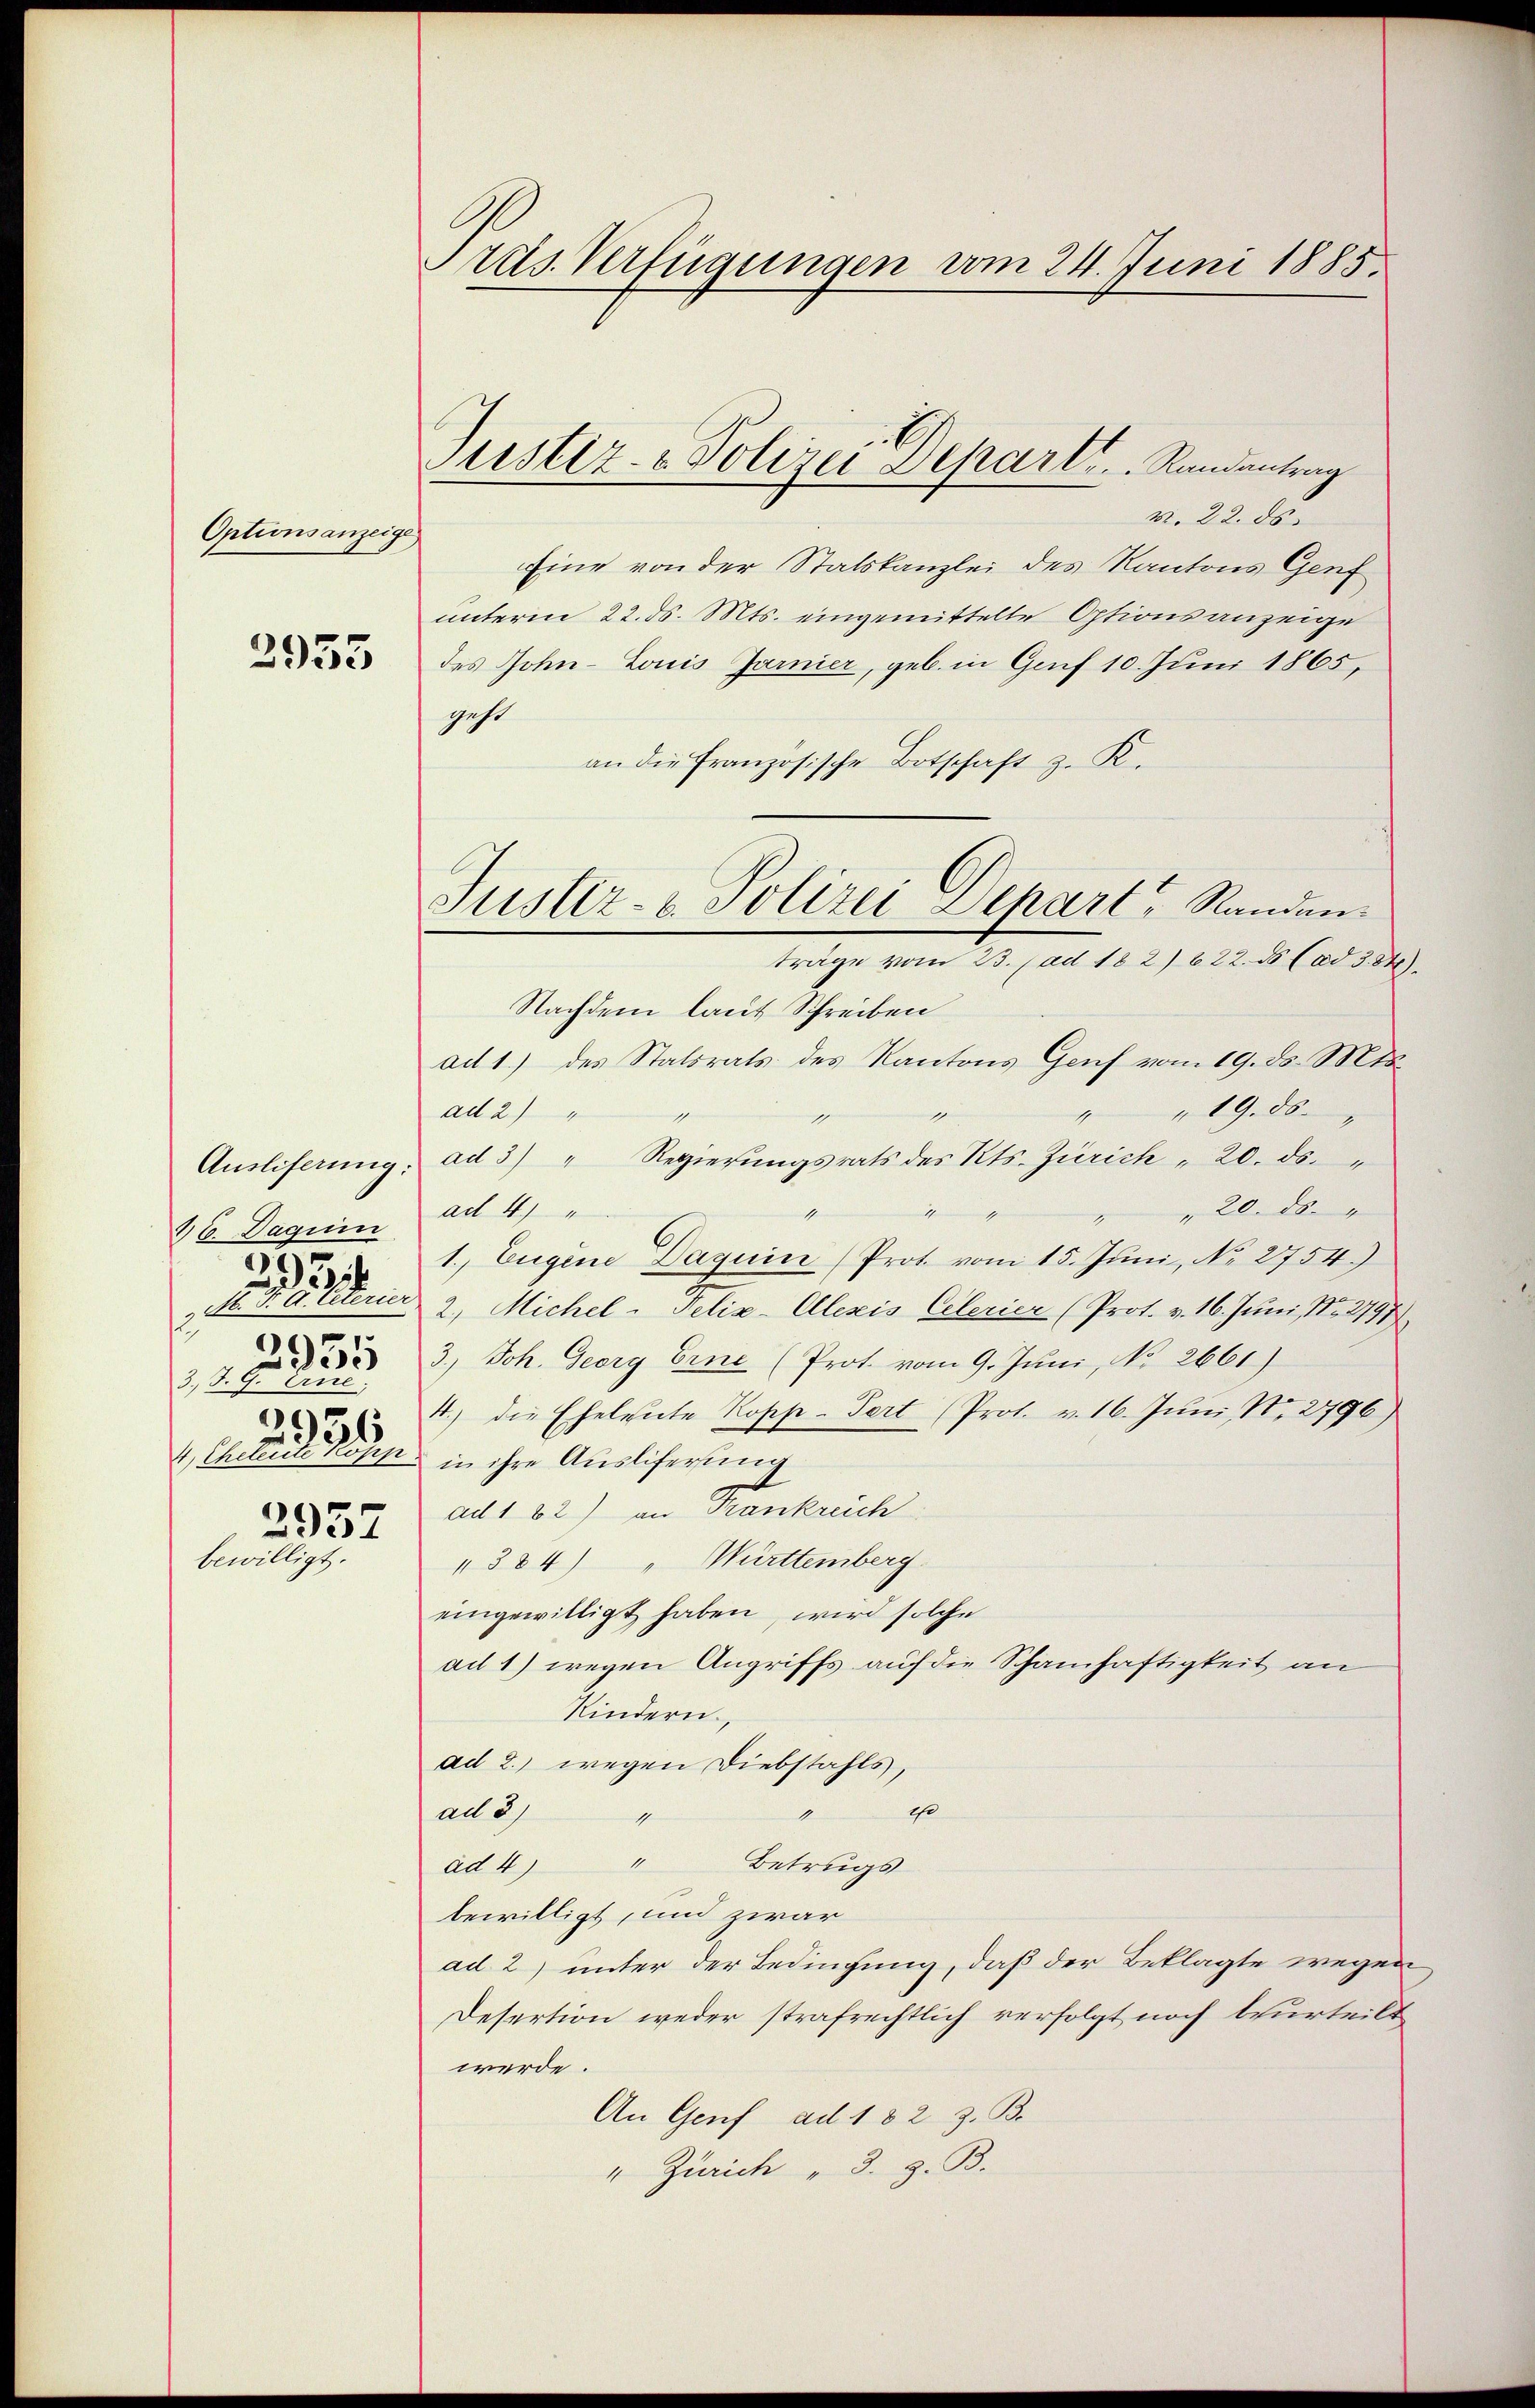
Optionsanzeige

2955

Ausliferung:
46. Daguin
2
 H. V. A. Ceterier
2951
3t. G. Erne
6956
4. Chrtleite Kopp
2957
bewilligt.

e
d

Ards Verfügungen vom 24. Juni 1885.

Justiz- & Polizei Depart. Randantrag

Justiz- & Polizei Depart, Randen.
träge vom 23. (ad 182) 622. ds (ad 3. 84.

v. 22. ds.
Eine von der Statskanzlei des Kantons Genf
unterm 22. ds. Mts. eingemittelte Optionsanzeige
des John- Louis Jarnier, geb. in Genf 10. Juni 1865,
geht
an die französische Botschaft z. K.
Nachdem laut Schreiben
ad 1.) des Statsrats des Kantons Genf vom 19. ds. Mts.
19. ds.
ad 2) "
1
ad 3) " Regierŭngsrats des Kts. Zürich " 20. ds.
ad 4)
" 20. ds.
mitsammen
1. Eugene Daquin (Prot. vom 15. Jŭni, No. 2754.)
2. Michel-Felix-Olesis Celerier (Prot. v. 16. Juni, No. 2197
3.) Joh. Georg Eine (Prot. vom 9. Juni, No 2661)
4.) die Eheleute Kopp-Pert (Prot. v. 16. Juni, N. 2796)
in ihre Ausliferung
ad 1 82) an Frankreich
"384) " Württemberg
eingewilligt haben, wird solche
ad 1) wegen Angriffs auf die Schamhaftigkeit an
Kindern,
ad 2.) wegen Diebstahls,
es
ad 3.)
1
ad 4) " Betrugs
bewilligt, und zwar
ad 2) unter der Bedingung, daß der Beklagte wegen
Desertion weder strafrechtlich verfolgt noch beurteilt
werde.
An Genf ad 182 Z. B.
" Zürich " 3. z. B.